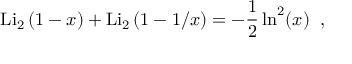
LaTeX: \mathrm { L i } _ { 2 } \, ( 1 - x ) + \mathrm { L i } _ { 2 } \, ( 1 - 1 / x ) = - \frac 1 2 \ln ^ { 2 } ( x ) \; \; ,